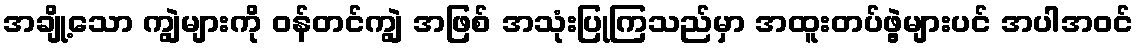
အချို့သော ကျွဲများကို ဝန်တင်ကျွဲ အဖြစ် အသုံးပြုကြသည်မှာ အထူးတပ်ဖွဲ့များပင် အပါအဝင်